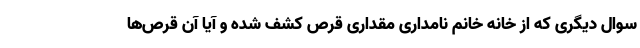
سوال دیگری که از خانه خانم نامداری مقداری قرص کشف شده و آیا آن قرص‌ها